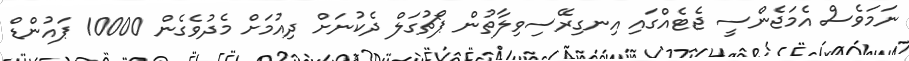
ނަމަވެސް އެމަޖެންސީ ޖެޓެއްގައި އިނގިރޭސިވިލާތުން ޕޯޗުގަލް ދެކުނަށް ދިއުމަށް މެދުވެގެން 10000 ޕައުންޑް